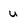
Character: u